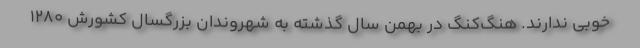
خوبی ندارند. هنگ‌کنگ در بهمن سال گذشته به شهروندان بزرگسال کشورش 1280